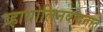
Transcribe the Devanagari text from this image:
व्हायोलिनवादनात